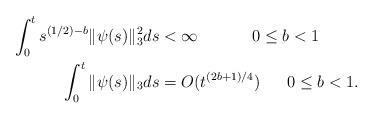
LaTeX: \begin{align*}\int_0^t s^{(1/2) -b} \|\psi(s)\|_3^2 ds &< \infty \ \qquad \ \ \ 0 \le b <1 \ \ \\\int_0^t \|\psi(s)\|_3 ds &= O(t^{(2b +1)/4}) \ \ \ \ \ 0 \le b <1. \end{align*}